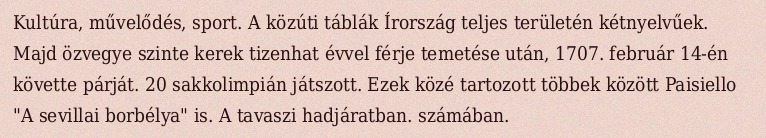
Kultúra, művelődés, sport. A közúti táblák Írország teljes területén kétnyelvűek. Majd özvegye szinte kerek tizenhat évvel férje temetése után, 1707. február 14-én követte párját. 20 sakkolimpián játszott. Ezek közé tartozott többek között Paisiello "A sevillai borbélya" is. A tavaszi hadjáratban. számában.